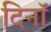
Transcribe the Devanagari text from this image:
दिनॉ